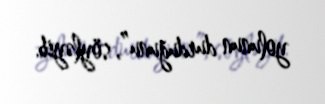
yolunun durduğunu”, söyləyib.